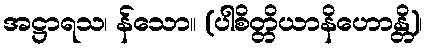
အဋ္ဌာရသ၊ န်သော။ (ပါစိတ္တိယာနိဟောန္တိ)၊